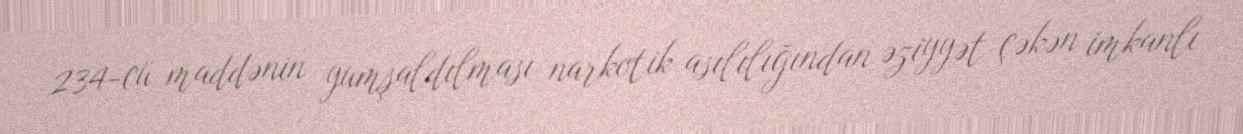
234-cü maddənin yumşaldılması narkotik asılılığından əziyyət çəkən imkanlı